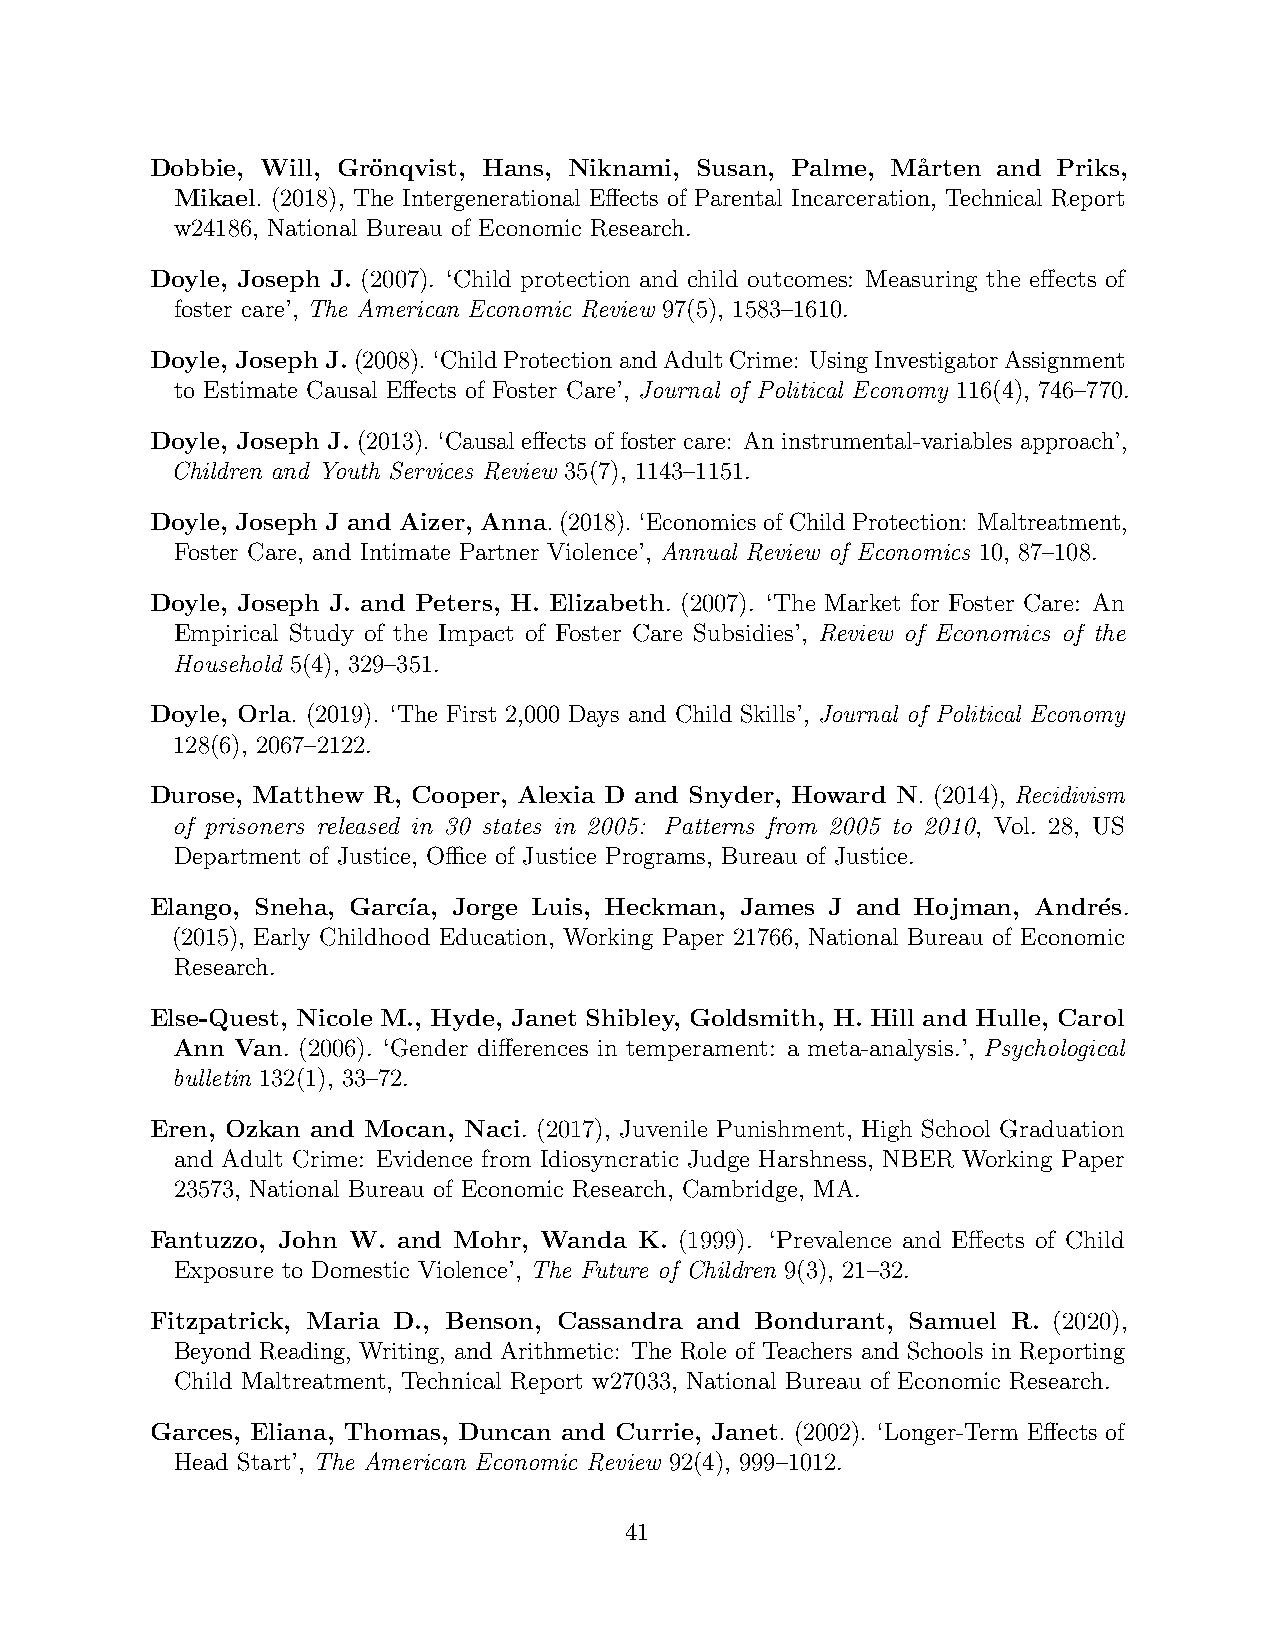
Dobbie, Will, Gro¨nqvist, Hans, Niknami, Susan, Palme, M˚arten and Priks,
 Mikael. (2018), The Intergenerational Effects of Parental Incarceration, Technical Report
 w24186, National Bureau of Economic Research.
 Doyle, Joseph J. (2007). ‘Child protection and child outcomes: Measuring the effects of
 foster care’, The American Economic Review 97(5), 1583–1610.
 Doyle, Joseph J.(2008). ‘ChildProtectionandAdultCrime: UsingInvestigatorAssignment
 to Estimate Causal Effects of Foster Care’, Journal of Political Economy 116(4), 746–770.
 Doyle, Joseph J. (2013). ‘Causal effects of foster care: An instrumental-variables approach’,
 Children and Youth Services Review 35(7), 1143–1151.
 Doyle, Joseph J and Aizer, Anna.(2018). ‘EconomicsofChildProtection: Maltreatment,
 Foster Care, and Intimate Partner Violence’, Annual Review of Economics 10, 87–108.
 Doyle, Joseph J. and Peters, H. Elizabeth. (2007). ‘The Market for Foster Care: An
 Empirical Study of the Impact of Foster Care Subsidies’, Review of Economics of the
 Household 5(4), 329–351.
 Doyle, Orla. (2019). ‘The First 2,000 Days and Child Skills’, Journal of Political Economy
 128(6), 2067–2122.
 Durose, Matthew R, Cooper, Alexia D and Snyder, Howard N. (2014), Recidivism
 of prisoners released in 30 states in 2005: Patterns from 2005 to 2010, Vol. 28, US
 Department of Justice, Office of Justice Programs, Bureau of Justice.
 Elango, Sneha, Garc´ıa, Jorge Luis, Heckman, James J and Hojman, Andr´es.
 (2015), Early Childhood Education, Working Paper 21766, National Bureau of Economic
 Research.
 Else-Quest, Nicole M., Hyde, Janet Shibley, Goldsmith, H. Hill and Hulle, Carol
 Ann  Van. (2006). ‘Gender differences in temperament: a meta-analysis.’, Psychological
 bulletin 132(1), 33–72.
 Eren, Ozkan and Mocan, Naci. (2017), Juvenile Punishment, High School Graduation
 and Adult Crime: Evidence from Idiosyncratic Judge Harshness, NBER Working Paper
 23573, National Bureau of Economic Research, Cambridge, MA.
 Fantuzzo, John W. and Mohr, Wanda K. (1999). ‘Prevalence and Effects of Child
 Exposure to Domestic Violence’, The Future of Children 9(3), 21–32.
 Fitzpatrick, Maria D., Benson, Cassandra and Bondurant, Samuel R. (2020),
 Beyond Reading, Writing, and Arithmetic: The Role of Teachers and Schools in Reporting
 Child Maltreatment, Technical Report w27033, National Bureau of Economic Research.
 Garces, Eliana, Thomas, Duncan and Currie, Janet. (2002). ‘Longer-Term Effects of
 Head Start’, The American Economic Review 92(4), 999–1012.
 41